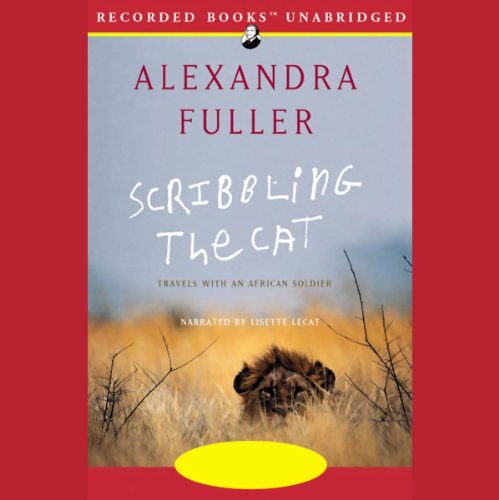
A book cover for Scribbling the Cat: Travels with an African Soldier; Alexandra Fuller; Travel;